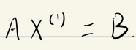
\[
A X^{(1)} = B
\]